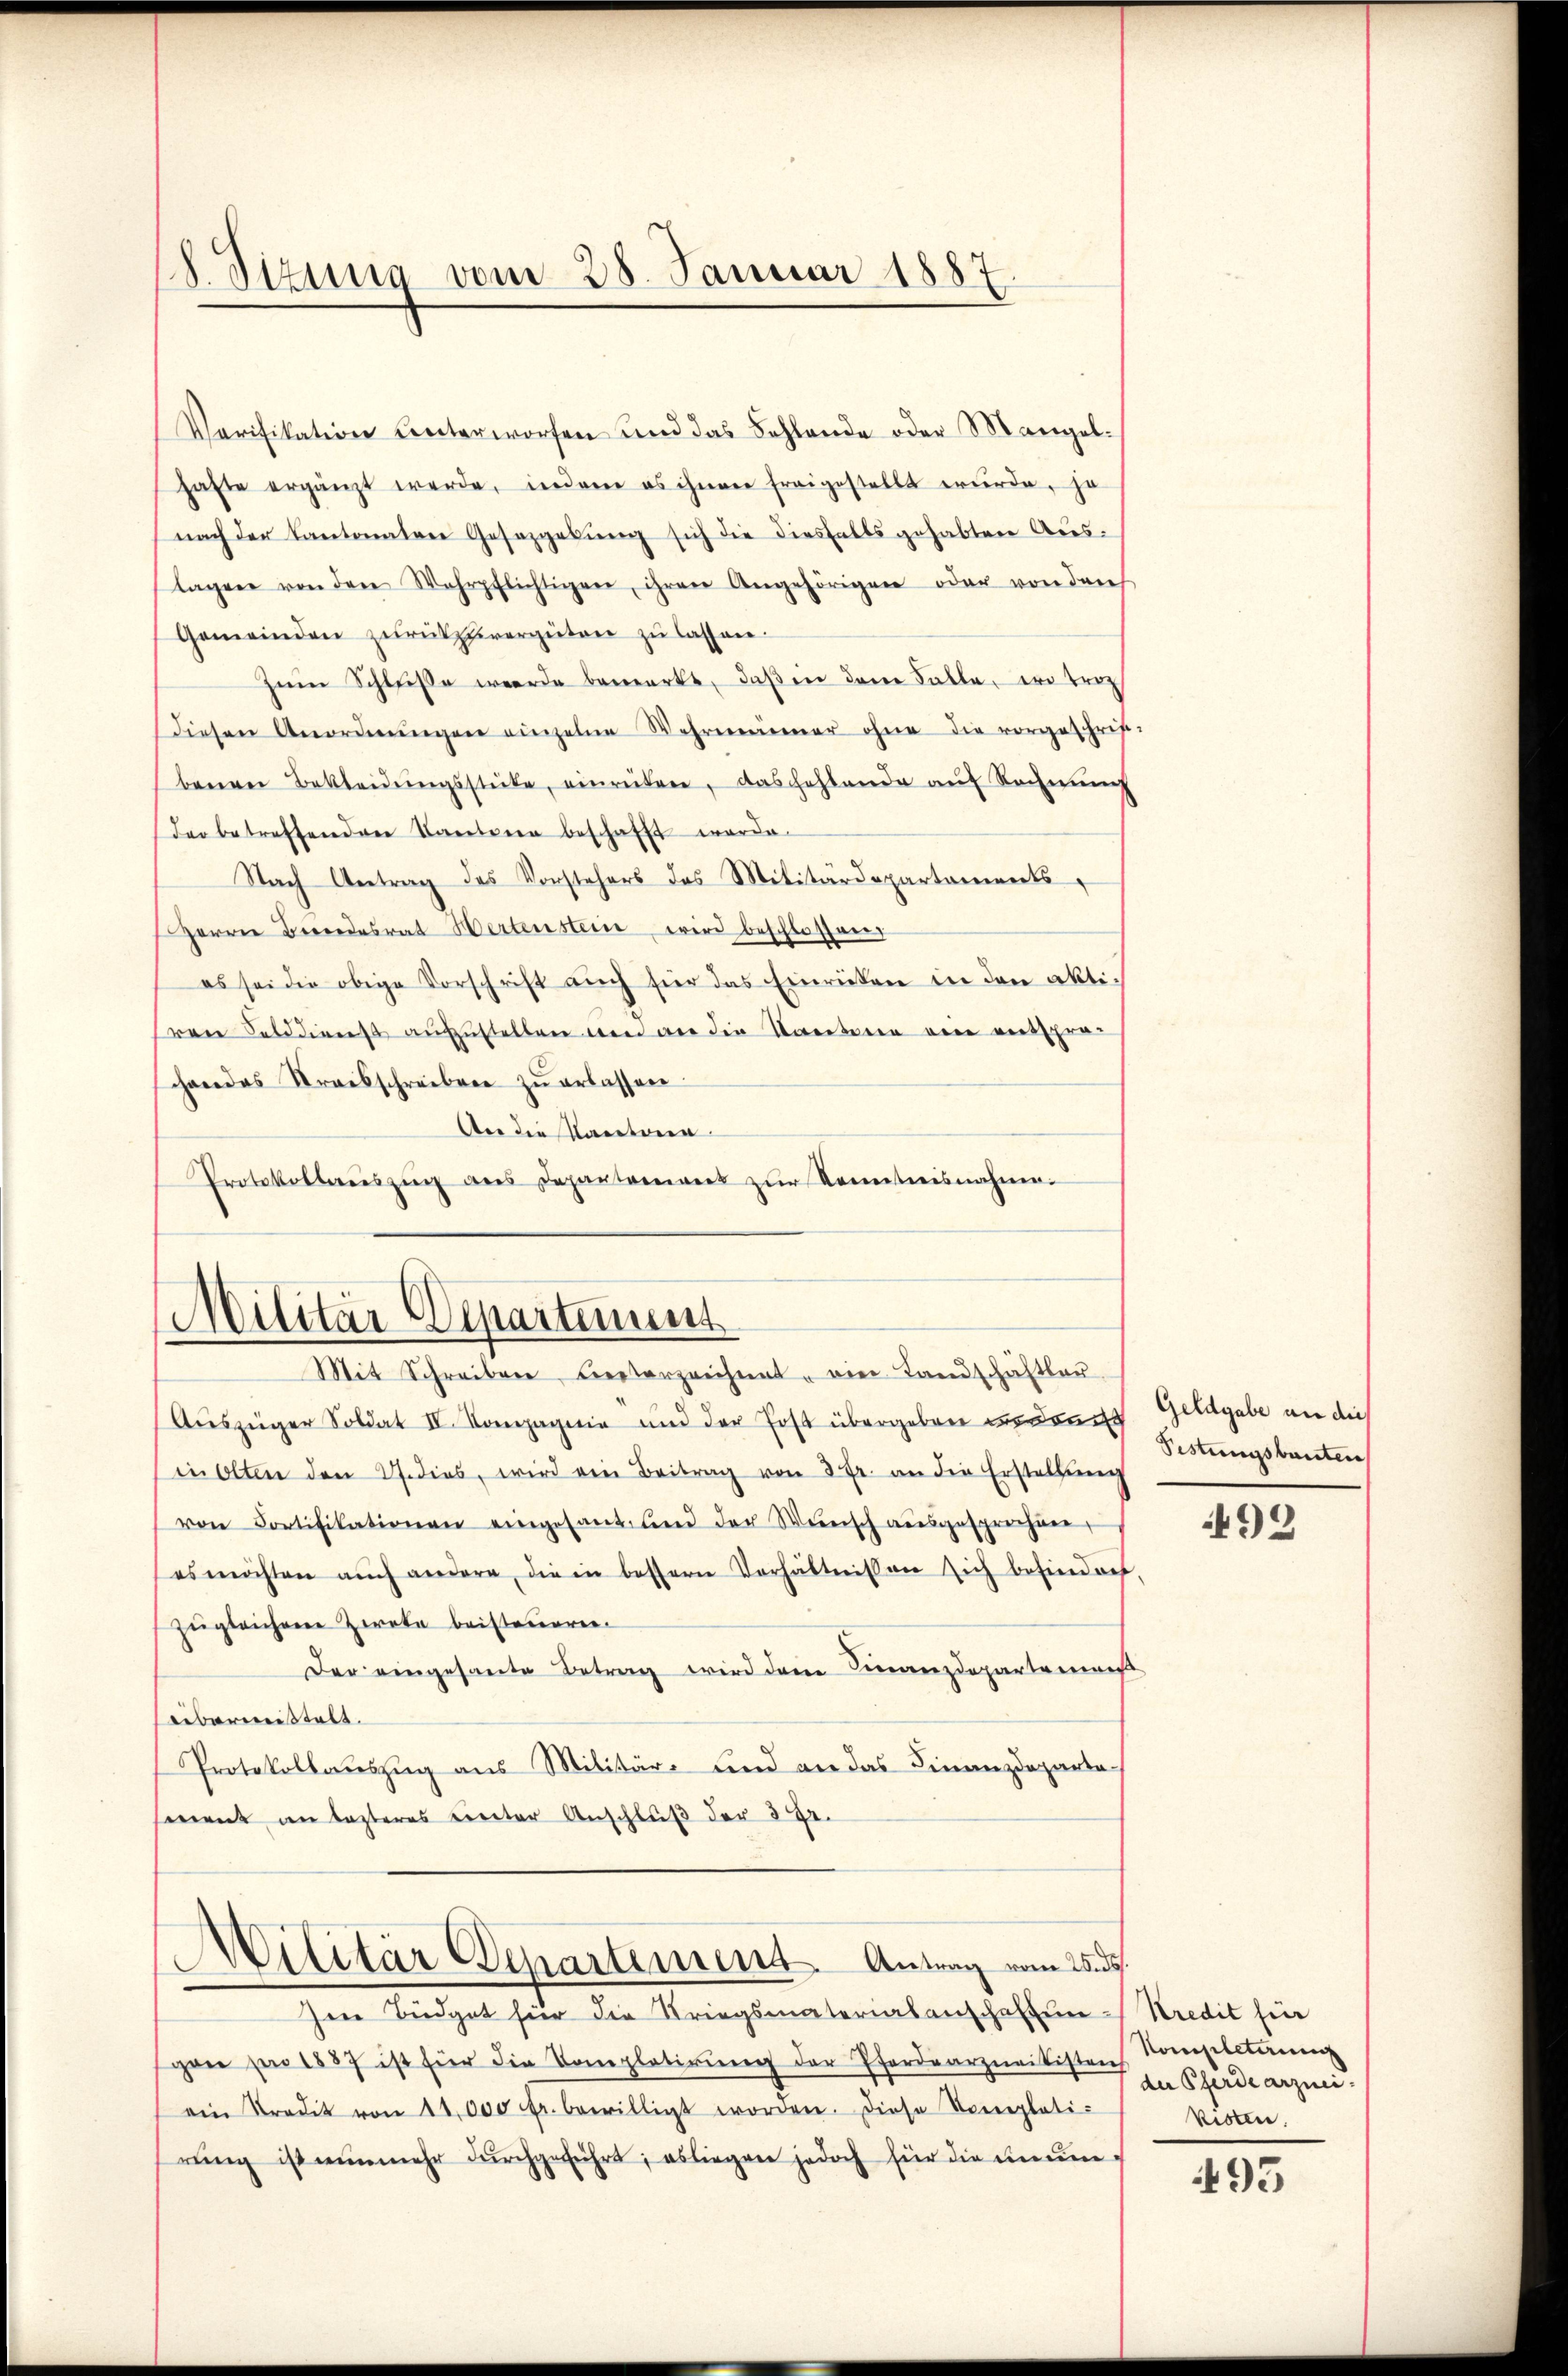
18. Sizung vom 28. Januar 1887

Verifikation unterworfen und das Fehlende oder Mangel.
hafte ergänzt werde, indem es ihnen freigestellt wurde, ja
nach der Kantonalen Gesetzgebung sich die diesfalls gehabten Auslagen von den Wehrpflichtigen, ihren Angehörigen oder von durch
Gemeinden zurückspivergüten zu lassen.
Zŭm Schluße werde bemerkt, daβ in dem Falle, wo trag
Diesen Anordnŭngen einzelne Wahrnenner ohne die vorgeschrif-
benen Bekleidŭngsstücke, einrüken, das fehlende auf Rechnung
der betreffender Kantonen beschafft werde.
Nach Antrag des Vorstehers des Militärdepartements
Herrn Berendesrat Hertenstein wird beschlossen,
es sei die obige Vorschrift aŭch für das Einrücken in den aktirene Felddienst aufzustellen wird an die Staatene eine entsprachandes Streisschreiben zŭ erlassen.
Aer die Kantonen
Protokolleraŭszŭg des Departenwerk zŭr Kontreisnahme.

Militär Departenums
Mit Schreiben, Leiterzeichnet, ein Landschäftlau

Auszüger Soldat II. Kompagnie und der Post übergeben u. dann Geldgabe an die
in Olten den 27. dies, wird ein Beitrag von 3 Fr. an die Erstellŭng
von Fortifikationen eingesant und der Weirisch ausgesprochene
es möchten aŭch andere, die in bessern Verhältnissen sich befindet,
zugleichene Zereke beisteuern.
Der eingesante Betrag wird dem Finanzdepartemest
bermeistalt.
Protokollauszug aus Militär- und an das Finanzdeparte
sment im lezteres unter Anschluß der 3 Fr.
Militär Departement. Antrag vom 25. ds.
Ien Büdget für die Kriegsmaterialanschaften-Kredit für
pan per 1887 ist für die Kompletirŭng der Pferdearzneitisten Kompletern
ein Tradit von 14,000 fr. bewilligt worden. Diese Vorplati-
rŭng ist nŭnmehr dŭrchgeführt; es liegen jedoch für die unum¬

Pistungsbauten

499

der Pferdearznei-
kisten.

495